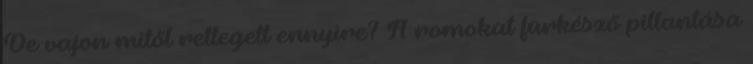
De vajon mitől rettegett ennyire? A romokat fürkésző pillantása